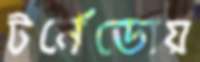
টর্নেডোয়